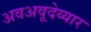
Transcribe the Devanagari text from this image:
अवअवूदेय्यार